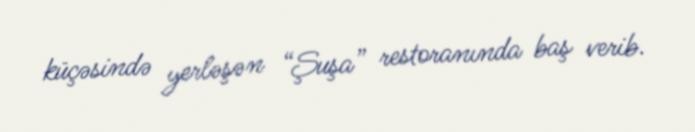
küçəsində yerləşən “Şuşa” restoranında baş verib.